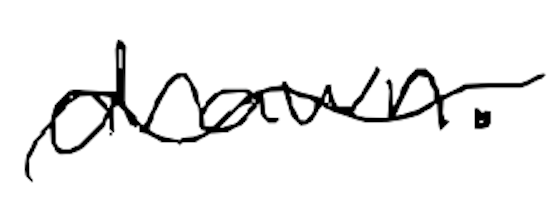
Text: drawn.
Cross-out: wave
Writing tool: digital_black